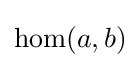
{\text{hom}}(a,b)